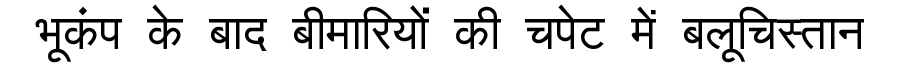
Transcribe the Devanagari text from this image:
भूकंप के बाद बीमारियों की चपेट में बलूचिस्तान